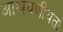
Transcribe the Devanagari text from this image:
आश्रयणीयता